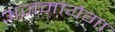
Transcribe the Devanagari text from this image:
अजमायेगा